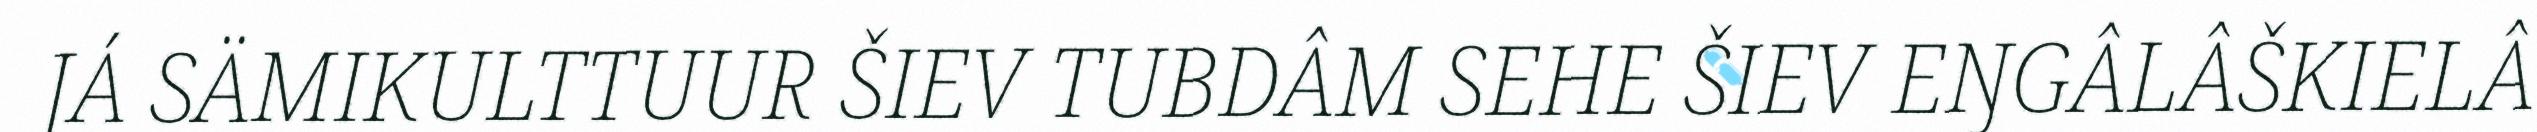
JÁ SÄMIKULTTUUR ŠIEV TUBDÂM SEHE ŠIEV EŊGÂLÂŠKIELÂ